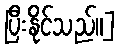
ပြီးနိုင်သည်။]